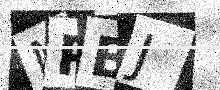
Text: MPBJ